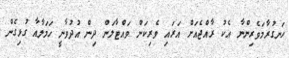
ހަނގުރާމަވެރިންނާ އެކު ރާއްޖެއަށް އަރައި ވެރިކަން ވައްޓާލަން ދިން އުދުވާނީ ހަމަލާއާ ގުޅިގެން